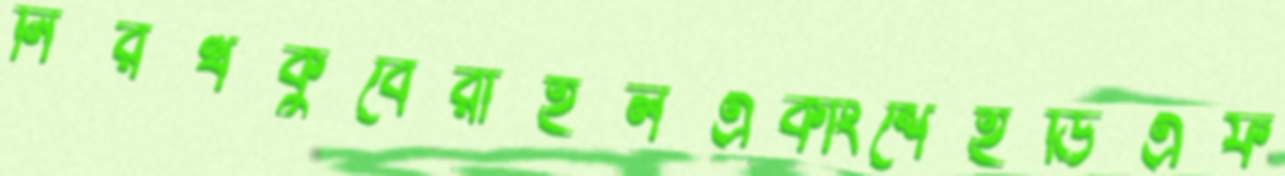
নিরর্থকুবেরাইলএকাংশেইডিএফ